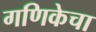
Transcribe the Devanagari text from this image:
गणिकेचा